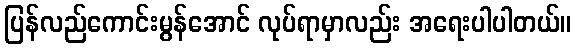
ပြန်လည်ကောင်းမွန်အောင် လုပ်ရာမှာလည်း အရေးပါပါတယ်။